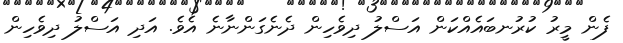
ފެން މީރު ކުރުނބައެއްކަން އަސްލު ދިވެހިން ދެނެގަންނާނެ އެވެ. އަދި އަސްލު ދިވެހިން